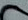
نقالة